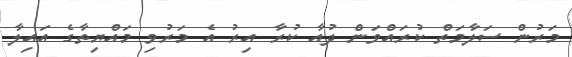
މަރުން ސަލާމަތް ކުރައްވަން ދުއާ ކުރާ އިރު އެ މަރުވި މައްޔިތާގެ އައިލާ